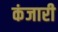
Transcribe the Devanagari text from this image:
कंजारी